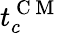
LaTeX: t_{c}^{\mathrm{~C~M~}}